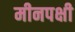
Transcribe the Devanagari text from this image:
मीनपक्षी